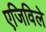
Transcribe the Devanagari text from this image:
एजिविले